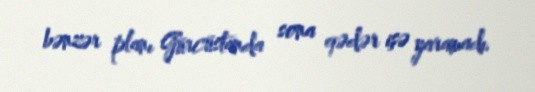
bənzər planı Gürcüstanda sona qədər işə yaramadı.